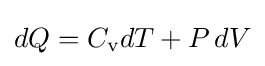
dQ=C_{\text{v}}dT+P\,dV